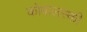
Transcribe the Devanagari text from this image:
कोवालस्की